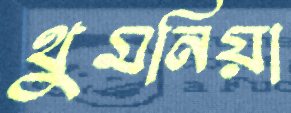
থুমনিয়া